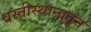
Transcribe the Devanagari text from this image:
वस्तीस्थानातून